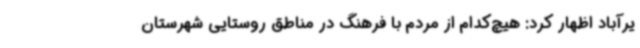
یرآباد اظهار کرد: هیچ‌کدام از مردم با فرهنگ در مناطق روستایی شهرستان